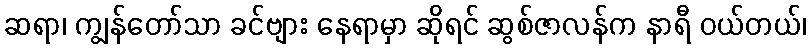
ဆရာ၊ ကျွန်တော်သာ ခင်ဗျား နေရာမှာ ဆိုရင် ဆွစ်ဇာလန်က နာရီ ဝယ်တယ်၊